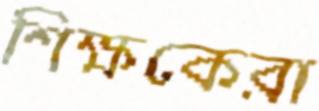
শিক্ষকেরা